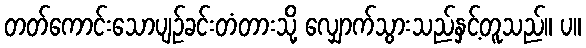
တတ်ကောင်းသောပျဉ်ခင်းတံတားသို့ လျှောက်သွားသည်နှင့်တူသည်။ ပ။